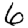
Digit: 6